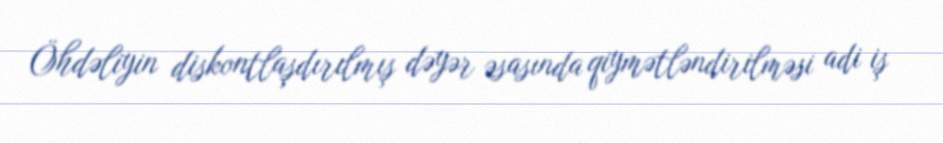
Öhdəliyin diskontlaşdırılmış dəyər əsasında qiymətləndirilməsi adi iş